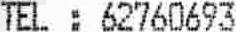
TEL : 62760693